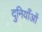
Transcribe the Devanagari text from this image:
दुनियाँओं